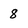
Character: 8